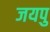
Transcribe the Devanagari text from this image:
जयपु